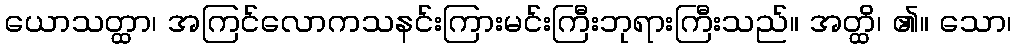
ယောသတ္ထာ၊ အကြင်လောကသနင်းကြားမင်းကြီးဘုရားကြီးသည်။ အတ္ထိ၊ ၏။ သော၊